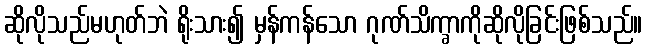
ဆိုလိုသည်မဟုတ်ဘဲ ရိုးသား၍ မှန်ကန်သော ဂုဏ်သိက္ခာကိုဆိုလိုခြင်းဖြစ်သည်။